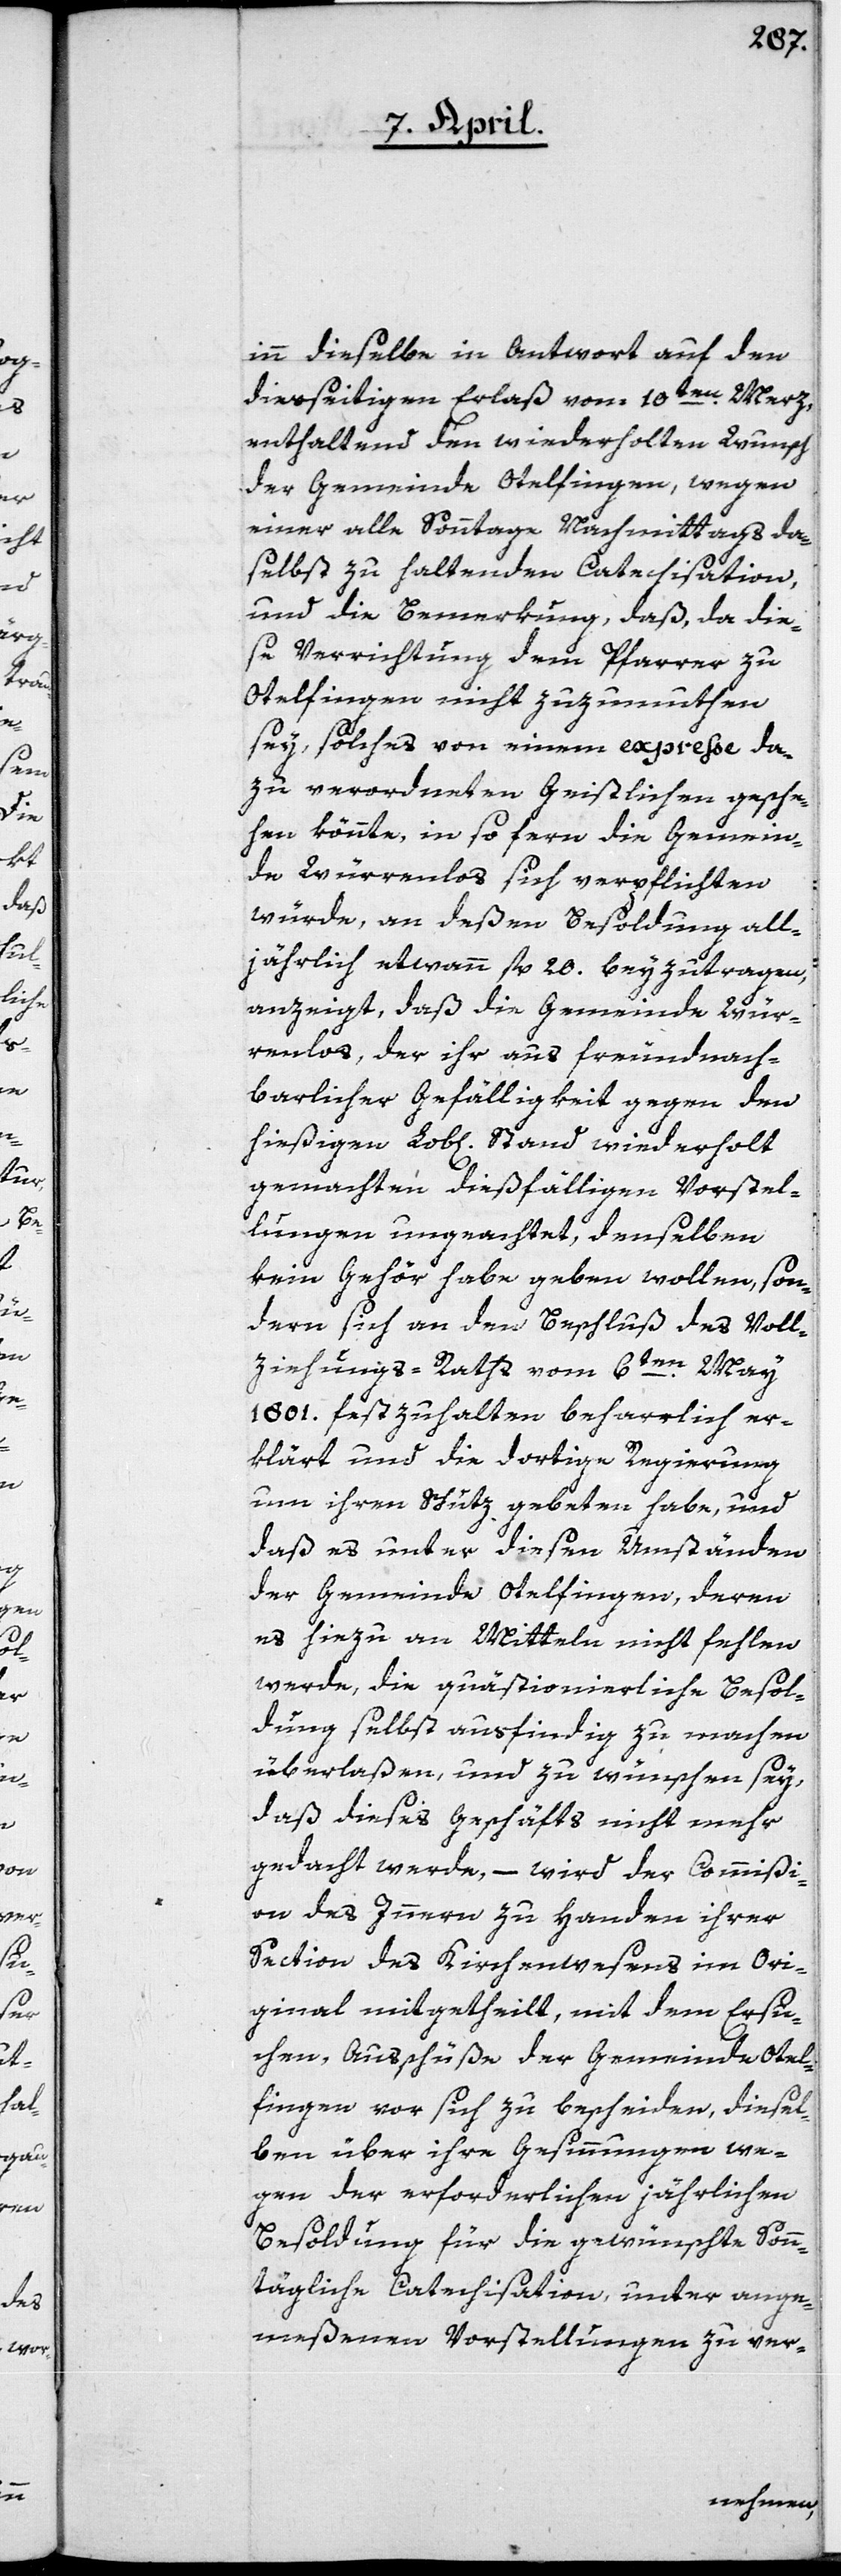
inn dieselbe in Antwort auf den
diesseitigen Erlaß vom 10ten Merz
enthaltend den wiederholten Wunsch,
der Gemeinde Otelfingen, wegen
einer alle Sonntage Nachmittags da¬
selbst zu haltenden Catechisation,
und die Bemerkung, daß, da die¬
se Verrichtung dem Pfarrer zu
Otelfingen nicht zuzumuthen
sey, solches von einem expresse da¬
zu verordneten Geistlichen gesche¬
hen könnte, in so fern die Gemein¬
de Würrenlos sich verpflichten
würde, an deßen Besoldung all¬
jährlich etwann fl. 20. beyzutragen,
anzeigt, daß die Gemeinde Wür¬
renlos, der ihr aus freundnach¬
barlicher Gefälligkeit gegen den
hießigen Lob[lichen] Stand wiederholt
gemachten dießfälligen Vorstel¬
lungen ungeachtet, denselben
kein Gehör habe geben wollen, son¬
dern sich an den Beschluß des Voll¬
ziehungs-Raths vom 6ten May
1801. festzuhalten beharrlich er¬
klärt und die dortige Regierung
um ihren Schutz gebeten habe, und
daß es unter diesen Umständen
der Gemeinde Otelfingen, deren
es hiezu an Mitteln nicht fehlen
werde, die quästionierliche Besol¬
dung selbst ausfindig zu machen
überlaßen, und zu wünschen sey,
daß dieses Geschäfts nicht mehr
gedacht werde, – wird der Commißi¬
on des Innern zu Handen ihrer
Section des Kirchenwesens im Ori¬
ginal mitgetheilt, mit dem Ersu¬
chen, Ausschüße der Gemeinde Otel¬
fingen vor sich zu bescheiden, diesel¬
ben über ihre Gesinnungen we¬
gen der erforderlichen jährlichen
Besoldung für die gewünschte Sonn¬
tägliche Catechisation, unter ange¬
meßenen Vorstellungen zu ver-